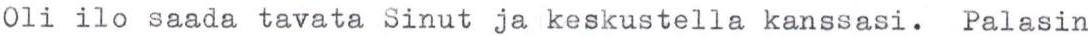
Oli ilo saada tavata Sinut ja keskustella kanssasi. Palasin